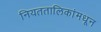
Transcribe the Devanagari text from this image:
नियततालिकांमधून